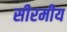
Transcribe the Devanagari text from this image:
सीरमीय